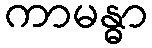
ကာမန္ဓာ